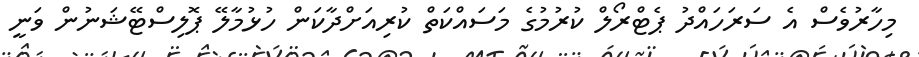
މިހާރުވެސް އެ ސަރަހައްދު ޕެޓްރޯލް ކުރުމުގެ މަސައްކަަތް ކުރިއަށްދާކަން ހުޅުމާލޭ ޕޮލިސްޓޭޝަނުން ވަނީ